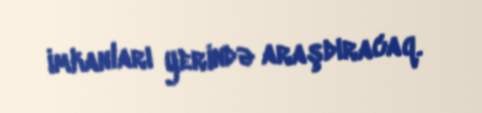
imkanları yerində araşdıracaq.